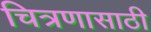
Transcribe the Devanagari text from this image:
चित्रणासाठी